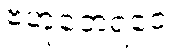
ဗဟုဘေရဝေ